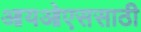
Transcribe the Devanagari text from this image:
आयओएससाठी